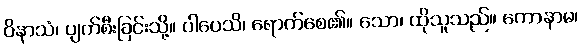
ဝိနာသံ၊ ပျက်စီးခြင်းသို့။ ပါပေသိ၊ ရောက်စေ၏။ သော၊ ထိုသူသည်။ ကောနာမ၊